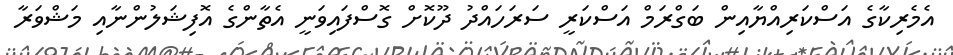
އެމެރިކާގެ އަސްކަރިއްޔާއިން ބަގްރަމް އަސްކަރީ ސަރަހައްދު ދޫކޮށް ގޮސްފައިވަނީ އެތާންގެ އޮފިޝަލުންނާއި މަޝްވަރާ